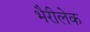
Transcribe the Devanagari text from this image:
भैरीलेक